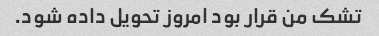
تشک من قرار بود امروز تحویل داده شود.